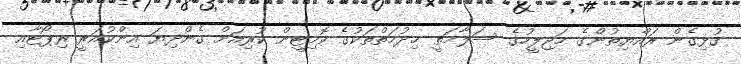
ގުޅިގެން ރައްޔިތުންގެ މަޖިލީހުގެ ސަލާމަތީ ޚިދުމަތްތަކުގެ ކޮމިޓީން ކުރިއަށް ގެންދިޔަ އިންކުއަރީ ރިޕޯޓާއި